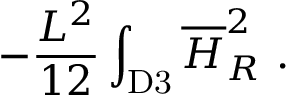
- { \frac { L ^ { 2 } } { 1 2 } } \int _ { \mathrm { D 3 } } { \overline { { H } } } _ { R } ^ { 2 } ~ .